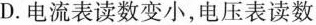
D.电流表读数变小，电压表读数